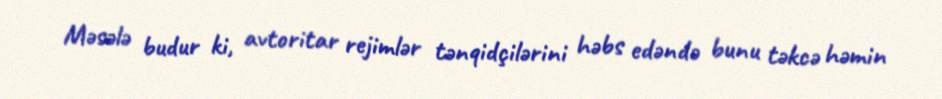
Məsələ budur ki, avtoritar rejimlər tənqidçilərini həbs edəndə bunu təkcə həmin